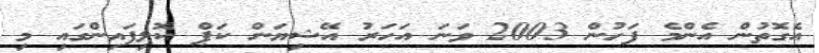
އެގޮތުން އެންމެ ފަހުން 2003 ވަނަ އަހަރު އޭޝިޔަން ކަޕް ކޮލިފައިންގައި މި